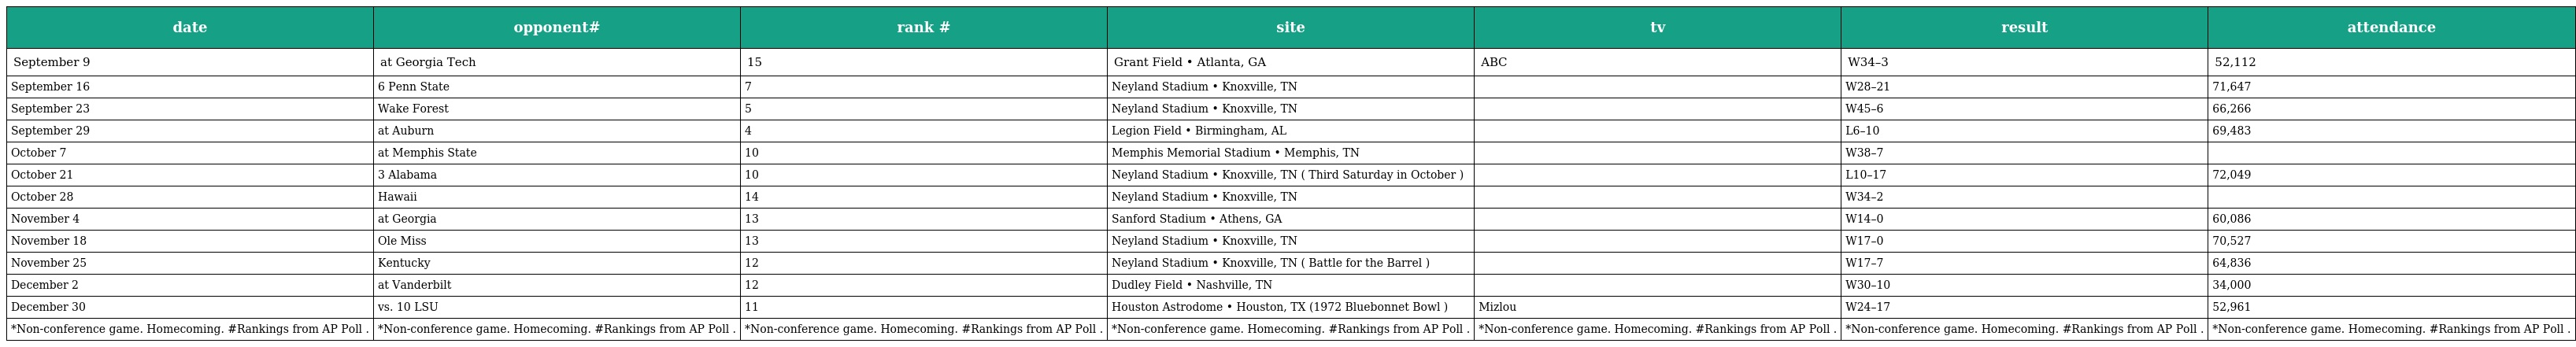
| date | opponent# | rank # | site | tv | result | attendance |
 | --- | --- | --- | --- | --- | --- | --- |
 | September 9 | at Georgia Tech | 15 | Grant Field • Atlanta, GA | ABC | W34–3 | 52,112 |
 | September 16 | 6 Penn State | 7 | Neyland Stadium • Knoxville, TN |  | W28–21 | 71,647 |
 | September 23 | Wake Forest | 5 | Neyland Stadium • Knoxville, TN |  | W45–6 | 66,266 |
 | September 29 | at Auburn | 4 | Legion Field • Birmingham, AL |  | L6–10 | 69,483 |
 | October 7 | at Memphis State | 10 | Memphis Memorial Stadium • Memphis, TN |  | W38–7 |  |
 | October 21 | 3 Alabama | 10 | Neyland Stadium • Knoxville, TN ( Third Saturday in October ) |  | L10–17 | 72,049 |
 | October 28 | Hawaii | 14 | Neyland Stadium • Knoxville, TN |  | W34–2 |  |
 | November 4 | at Georgia | 13 | Sanford Stadium • Athens, GA |  | W14–0 | 60,086 |
 | November 18 | Ole Miss | 13 | Neyland Stadium • Knoxville, TN |  | W17–0 | 70,527 |
 | November 25 | Kentucky | 12 | Neyland Stadium • Knoxville, TN ( Battle for the Barrel ) |  | W17–7 | 64,836 |
 | December 2 | at Vanderbilt | 12 | Dudley Field • Nashville, TN |  | W30–10 | 34,000 |
 | December 30 | vs. 10 LSU | 11 | Houston Astrodome • Houston, TX (1972 Bluebonnet Bowl ) | Mizlou | W24–17 | 52,961 |
 | *Non-conference game. Homecoming. #Rankings from AP Poll . | *Non-conference game. Homecoming. #Rankings from AP Poll . | *Non-conference game. Homecoming. #Rankings from AP Poll . | *Non-conference game. Homecoming. #Rankings from AP Poll . | *Non-conference game. Homecoming. #Rankings from AP Poll . | *Non-conference game. Homecoming. #Rankings from AP Poll . | *Non-conference game. Homecoming. #Rankings from AP Poll . |